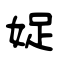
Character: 娖